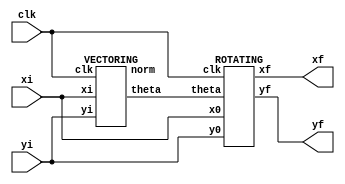
module ROTATING_VECTORING(clk,xi,yi,xf,yf);
 input clk;
 input [15:0]xi,yi; 
 output [15:0] xf,yf;
 wire [15:0]theta,norm;
 VECTORING first(clk,xi,yi,theta,norm);
 ROTATING second(xi,yi,theta,xf,yf,clk);
endmodule

/////////////////////////Rotation////////////////////////////////////////////////
module ROTATING(x0, y0, theta, xf, yf, clk);
  input clk;
  input [15:0] x0, y0;
  input [15:0] theta;
  output [15:0] xf, yf;
  wire [15:0] xi [0:7]; 
  wire [15:0] yi [0:7];
  reg [2:0] stage;
  wire [15:0] outangle [0:7];
  
  
  // instantiating
  
  //stage0
  cordics r0(clk, 3'd0, x0, y0, theta, 16'd45_00, 16'd0, xi[0], yi[0], outangle[0]);
  //stage1
  cordics r1(clk, 3'd1, xi[0], yi[0], theta, 16'd26_57, outangle[0], xi[1], yi[1], outangle[1]);
  //stage2
  cordics r2(clk, 3'd2, xi[1], yi[1], theta, 16'd14_04, outangle[1], xi[2], yi[2], outangle[2]); 
  //stage3
  cordics r3(clk, 3'd3, xi[2], yi[2], theta, 16'd7_13, outangle[2], xi[3], yi[3], outangle[3]);
  //stage4
  cordics r4(clk, 3'd4, xi[3], yi[3], theta, 16'd3_58, outangle[3], xi[4], yi[4], outangle[4]);  
  //stage5
  cordics r5(clk, 3'd5, xi[4], yi[4], theta, 16'd1_79, outangle[4], xi[5], yi[5], outangle[5]);
  //stage6
  cordics r6(clk, 3'd6, xi[5], yi[5], theta, 16'd89, outangle[5], xi[6], yi[6], outangle[6]);
  //stage7
  cordics r7(clk, 3'd7, xi[6], yi[6], theta, 16'd44, outangle[6], xi[7], yi[7], outangle[7]);
  assign xf = xi[7];
  assign yf = yi[7];
  // assign xf <= (xi[7]>>>1)+(xi[7]>>>4)+(xi[7]>>>5);
  //assign yf <= (yi[7]>>>1)+(yi[7]>>>4)+(yi[7]>>>5);
  
endmodule
  
  
module cordics(clk,stage,xi,yi,theta,uangle,inangle,xf,yf,outangle);
 input clk;
 input [2:0] stage;
 input [15:0] xi,yi,theta,inangle,uangle;
 output reg [15:0] xf,yf,outangle;

 always @(posedge clk)begin
   if((inangle)>theta)begin                                   //clockwise

    case({xi[15],yi[15]})
       2'b00 : begin
          xf <= xi+(yi>>stage);
            yf <= yi - (xi>>stage);
       end
       2'b01 : begin
          xf <= xi-((16'hffff-yi+1)>>stage);
          yf <= -(16'hffff-yi+1) - (xi>>stage);
       end 
      2'b10 : begin
          xf <= -(16'hffff-xi+1)+(yi>>stage);
          yf <= yi +((16'hffff-xi+1)>>stage);
       end
      2'b11 : begin 
          xf <= -(16'hffff-xi+1)-((16'hffff-yi+1)>>stage);
          yf <= -(16'hffff-yi+1) + ((16'hffff-xi+1)>>stage);
       end
    endcase
    outangle <= inangle-uangle;
   end
   
   else begin 
    case({xi[15],yi[15]})
       2'b00 : begin                                        //anticlockwise
          xf <= xi-(yi>>stage);
          yf <= yi + (xi>>stage);
        end
       2'b01 : begin
            xf <= xi + ((16'hffff-yi+1)>>stage);
            yf <= -(16'hffff-yi+1) + (xi>>stage);
        end 
       2'b10 : begin
          xf <= -((16'hffff-xi+1))-(yi>>stage);
          yf <= yi - ((16'hffff-xi+1)>>stage);
        end 
       2'b11 : begin
          xf <= -(16'hffff-xi+1)+((16'hffff-yi+1)>>stage);
          yf <= -(16'hffff-yi+1) - ((16'hffff-xi+1)>>stage);
        end
    endcase
         outangle <= inangle+uangle;
   end
  end
endmodule

/////////////////////////Vectoring////////////////////////////////////////////////

module VECTORING(clk, xi, yi, theta, norm);
input clk;
input [15:0] xi, yi;
output [15:0] theta, norm;
reg [2:0] stage;
wire [15:0] x [0:7];
wire [15:0] y [0:7];
wire [15:0] outangle [0:7];

 //stage 0
   cordicvec v0(clk,3'd0,xi,yi,16'd0,x[0],y[0],outangle[0],16'd45_00);
 //stage 1
   cordicvec v1(clk,3'd1,x[0],y[0],outangle[0],x[1],y[1],outangle[1],16'd26_57); 
 //stage 2
   cordicvec v2(clk,3'd2,x[1],y[1],outangle[1],x[2],y[2],outangle[2],16'd14_04);
 //stage 3
   cordicvec v3(clk,3'd3,x[2],y[2],outangle[2],x[3],y[3],outangle[3],16'd7_13);
 //stage 4
   cordicvec v4(clk,3'd4,x[3],y[3],outangle[3],x[4],y[4],outangle[4],16'd3_58); 
 //stage 5
   cordicvec v5(clk,3'd5,x[4],y[4],outangle[4],x[5],y[5],outangle[5],16'd1_79); 
 //stage 6
   cordicvec v6(clk,3'd6,x[5],y[5],outangle[5],x[6],y[6],outangle[6],16'd89);
 //stage 7
   cordicvec v7(clk,3'd7,x[6],y[6],outangle[6],x[7],y[7],outangle[7],16'd44); 
   
    assign norm = x[7];
    assign theta = outangle[7];
  // assign xf = (x[7]>>>1)+(x[7]>>>4)+(x[7]>>>5);
   //assign yf = (y[7]>>>1)+(y[7]>>>4)+(y[7]>>>5);    
endmodule


module cordicvec (clk, stage, xi, yi, inangle, xf, yf, outangle, uangle);

input clk;
input [2:0] stage;
input [15:0] xi, yi, inangle, uangle;
output reg [15:0] xf, yf, outangle;

 always @(posedge clk)
 
 begin
 
  if (yi[15])
   begin
   case({xi[15],yi[15]})
       2'b00 : begin                              //anticlockwise
          xf <= xi-(yi>>stage);
          yf <= yi + (xi>>stage);
        end
       2'b01 : begin
            xf <= xi + ((16'hffff-yi+1)>>stage);
            yf <= -(16'hffff-yi+1) + (xi>>stage);
        end 
       2'b10 : begin
          xf <= -((16'hffff-xi+1))-(yi>>stage);
          yf <= yi - ((16'hffff-xi+1)>>stage);
        end 
       2'b11 : begin
          xf <= -(16'hffff-xi+1)+((16'hffff-yi+1)>>stage);
          yf <= -(16'hffff-yi+1) - ((16'hffff-xi+1)>>stage);
        end
    endcase
         outangle <= inangle-uangle;
   end

     else begin                                    //clockwise
    case({xi[15],yi[15]})
       2'b00 : begin
          xf <= xi+(yi>>stage);
            yf <= yi - (xi>>stage);
       end
       2'b01 : begin
          xf <= xi-((16'hffff-yi+1)>>stage);
          yf <= -(16'hffff-yi+1) - (xi>>stage);
       end 
      2'b10 : begin
          xf <= -(16'hffff-xi+1)+(yi>>stage);
          yf <= yi +((16'hffff-xi+1)>>stage);
       end
      2'b11 : begin 
          xf <= -(16'hffff-xi+1)-((16'hffff-yi+1)>>stage);
          yf <= -(16'hffff-yi+1) + ((16'hffff-xi+1)>>stage);
       end
    endcase
    outangle <= inangle+uangle;
   end
 end
 endmodule